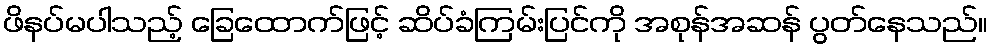
ဖိနပ်မပါသည့် ခြေထောက်ဖြင့် ဆိပ်ခံကြမ်းပြင်ကို အစုန်အဆန် ပွတ်နေသည်။